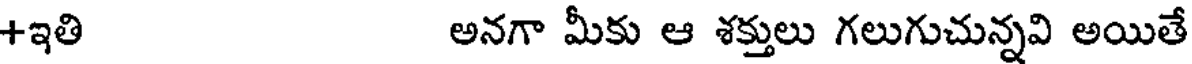
+ఇతి అనగా మీకు ఆ శక్తులు గలుగుచున్నవి అయితే